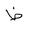
Letter: _za